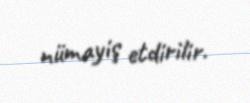
nümayiş etdirilir.